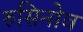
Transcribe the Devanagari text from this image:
रुसिनोव